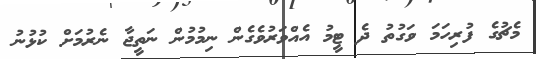
މެޗުގެ ފުރިހަމަ ވަގުތު ދެ ޓީމު އެއްވަރުވެގެން ނިމުމުން ނަތީޖާ ނެރުމަށް ކުޅުނު